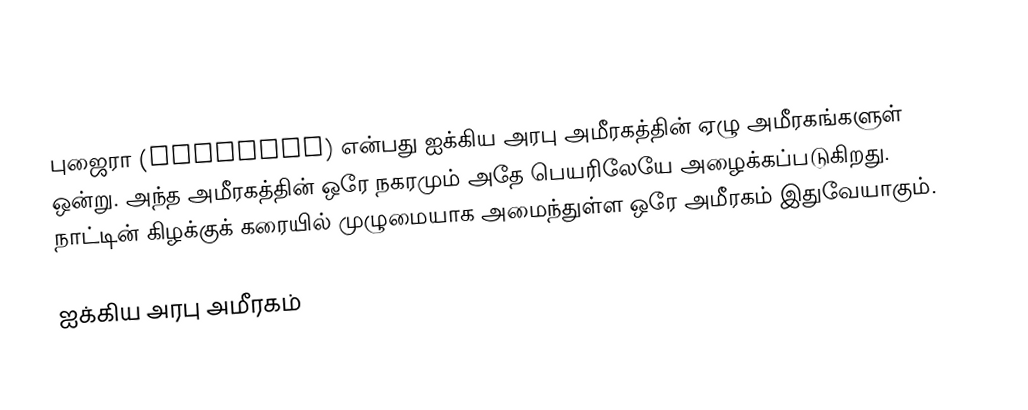
புஜைரா (Fujairah) என்பது ஐக்கிய அரபு அமீரகத்தின் ஏழு அமீரகங்களுள் ஒன்று. அந்த அமீரகத்தின் ஒரே நகரமும் அதே பெயரிலேயே அழைக்கப்படுகிறது. நாட்டின் கிழக்குக் கரையில் முழுமையாக அமைந்துள்ள ஒரே அமீரகம் இதுவேயாகும்.

ஐக்கிய அரபு அமீரகம்